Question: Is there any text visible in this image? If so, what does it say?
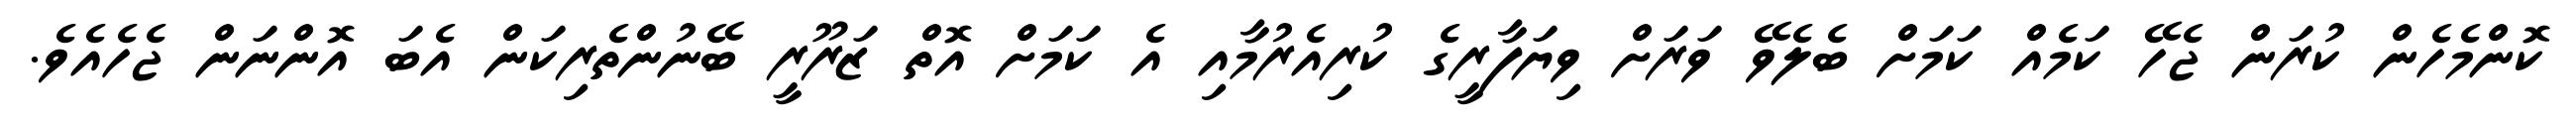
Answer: ކޮންމެހެން ކުރަން ޖެހޭ ކަމެއް ކަމަށް ބެލެވޭ ވަރަށް ވިޔަފާރީގެ ކުރިއެރުމާއި އެ ކަމަށް އޮތް ޒަރޫރީ ބޭނުންތެރިކަން އެބަ އޮންނަން ޖެހެއެވެ.